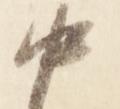
中